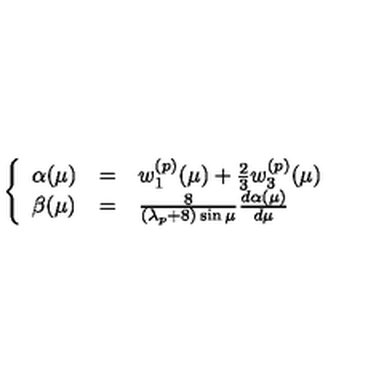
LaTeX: \left\{ \begin{array} { l l l } { \alpha ( \mu ) } & { = } & { w _ { 1 } ^ { ( p ) } ( \mu ) + \frac { 2 } { 3 } w _ { 3 } ^ { ( p ) } ( \mu ) } \\ { \beta ( \mu ) } & { = } & { \frac { 8 } { ( \lambda _ { p } + 8 ) \sin \mu } \frac { d \alpha ( \mu ) } { d \mu } } \\ \end{array} \right.